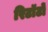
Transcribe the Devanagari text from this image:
रिटॉर्टों